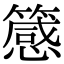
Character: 䉞